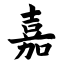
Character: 嘉